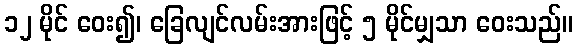
၁၂ မိုင် ဝေး၍၊ ခြေလျင်လမ်းအားဖြင့် ၅ မိုင်မျှသာ ဝေးသည်။